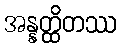
အန္နတ္ထိတဿ